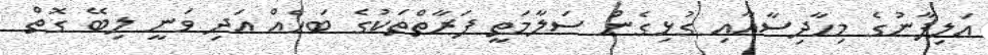
އަލިފާނުގެ މިހާދިސާއާއި ގުޅިގެން ސަލާމަތީ ފަރާތްތަކުގެ ބަހެެއް އަދި ވަނީ ލިބޭ ގޮތް